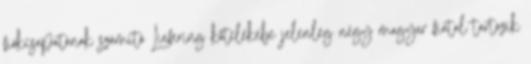
fiókcsapatának számító Liefering kötelékébe jelenleg négy magyar fiatal tartozik